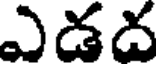
ఎడద